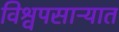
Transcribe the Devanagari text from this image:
विश्वपसाऱ्यात